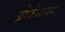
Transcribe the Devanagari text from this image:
प्रोफ़ेशनल्स